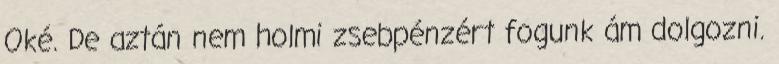
Oké. De aztán nem holmi zsebpénzért fogunk ám dolgozni.